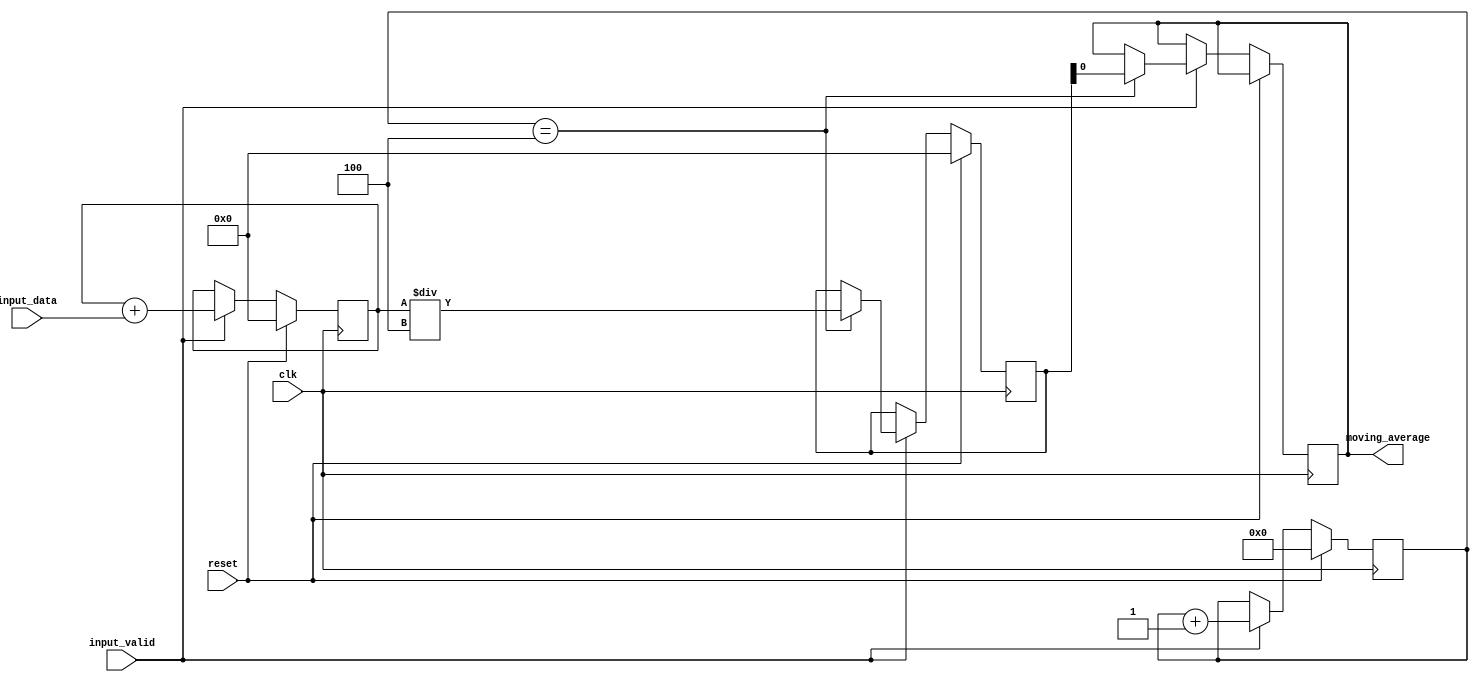
module moving_average_accumulator (
    input wire clk,
    input wire reset,
    input wire input_data,
    input wire input_valid,
    output reg moving_average
);

parameter NUM_SAMPLES = 4; // Specify the number of samples to use for moving average calculation

reg [31:0] running_total = 0; // Running total of input samples
reg [31:0] avg_accumulator = 0; // Accumulator for calculating moving average
reg [3:0] num_samples_counter = 0; // Counter for tracking number of input samples

always @(posedge clk) begin
    if (reset) begin
        running_total <= 0;
        avg_accumulator <= 0;
        num_samples_counter <= 0;
    end else begin
        if (input_valid) begin
            running_total <= running_total + input_data;
            num_samples_counter <= num_samples_counter + 1;
            if (num_samples_counter == NUM_SAMPLES) begin
                avg_accumulator <= running_total / NUM_SAMPLES;
                moving_average <= avg_accumulator;
            end
        end
    end
end

endmodule